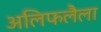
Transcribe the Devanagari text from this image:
अलिफलैला